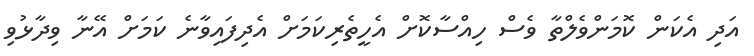
އަދި އެކަން ކޮމަންވެލްތާ ވެސް ހިއްސާކޮށް އެހީތެރިކަމަށް އެދިފައިވާނެ ކަމަށް އޭނާ ވިދާޅުވި